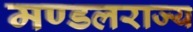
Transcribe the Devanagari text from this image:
मण्डलराज्य